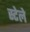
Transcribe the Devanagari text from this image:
स्टेले